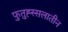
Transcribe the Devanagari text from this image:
फुतुह्स्सलातीन